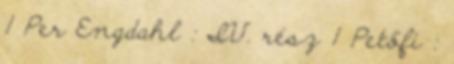
1 Per Engdahl : IV. rész 1 Petőfi :